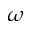
\omega